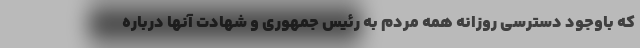
که باوجود دسترسی روزانه همه مردم به رئیس جمهوری و شهادت آنها درباره